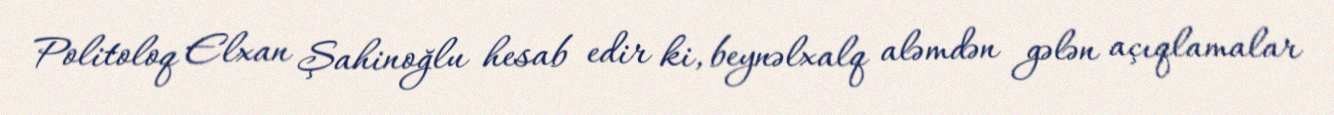
Politoloq Elxan Şahinoğlu hesab edir ki, beynəlxalq aləmdən gələn açıqlamalar